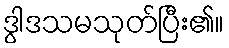
ဒွါဒသမသုတ်ပြီး၏။